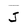
Character: J